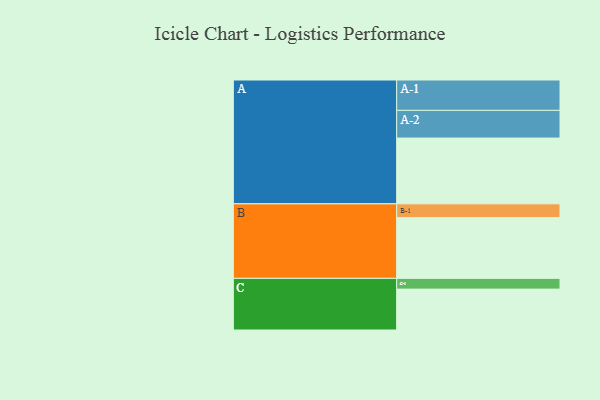
{"axis": {"x": "Segment", "y": "Value"}, "legend": ["", "A", "B", "C"], "data": [{"x": "A", "y": 563, "type": ""}, {"x": "B", "y": 520, "type": ""}, {"x": "C", "y": 350, "type": ""}, {"x": "A-1", "y": 260, "type": "A"}, {"x": "A-2", "y": 237, "type": "A"}, {"x": "B-1", "y": 118, "type": "B"}, {"x": "C-1", "y": 92, "type": "C"}]}